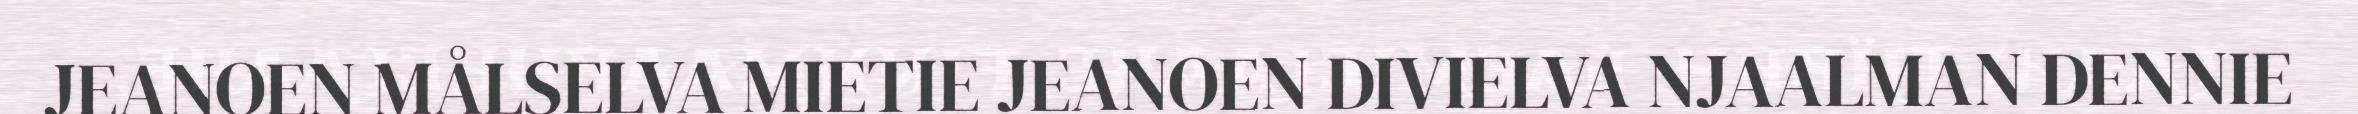
JEANOEN MÅLSELVA MIETIE JEANOEN DIVIELVA NJAALMAN DENNIE